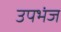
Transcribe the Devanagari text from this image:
उपभंज